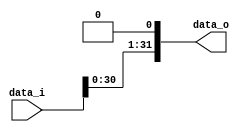
`timescale 1ns / 1ps
//////////////////////////////////////////////////////////////////////////////////
// Company: 
// Engineer: 
// 
// Design Name: 
// Module Name: Shift2
// Project Name: 
// Target Devices: 
// Tool Versions: 
// Description: 
// 
// Dependencies: 
// 
// Revision:
// Revision 0.01 - File Created
// Additional Comments:
// 
//////////////////////////////////////////////////////////////////////////////////


module Shift2 (
  input [31:0] data_i,
  output [31:0] data_o
);

assign data_o = {data_i[30:0],1'b0};

endmodule